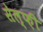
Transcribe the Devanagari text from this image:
सेल्फ़ी